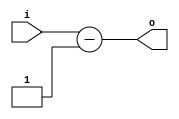
module subOne(
  input wire [3:0] i,
  output wire [3:0] o
);
  assign o = i - 1;
endmodule